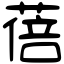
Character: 蓓